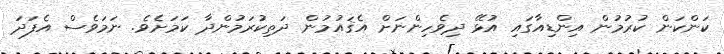
ކަންކަން ކުރުމުން އިންޑިއާގައި އުޅޭ ދިވެހިންނަށް އެޤައުމުން ދަތިކުރަމުންދާ ކަމަށެވެ. ނަމަވެސް އެފަދަ